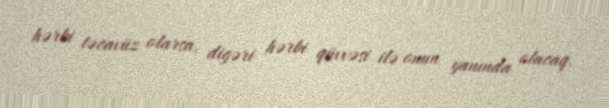
hərbi təcavüz olarsa, digəri hərbi qüvvəsi ilə onun yanında olacaq.